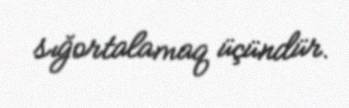
sığortalamaq üçündür.